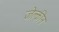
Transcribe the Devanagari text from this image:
जेक्लीन